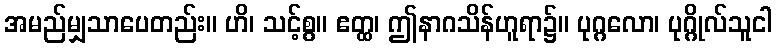
အမည်မျှသာပေတည်း။ ဟိ၊ သင့်စွ။ ဧတ္ထ၊ ဤနာဂသိန်ဟူရာ၌။ ပုဂ္ဂလော၊ ပုဂ္ဂိုလ်သူငါ